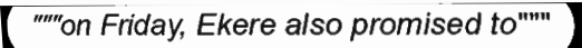
"""on Friday, Ekere also promised to"""